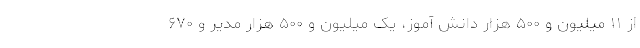
از ۱۱ میلیون و ۵۰۰ هزار دانش آموز، یک میلیون و ۵۰۰ هزار مدیر و ۶۷۰